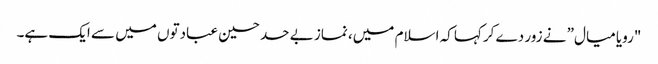
"رویا میال” نے زور دے کرکہا کہ اسلام میں، نماز بے حد حسین عبادتوں میں سے ایک ہے۔